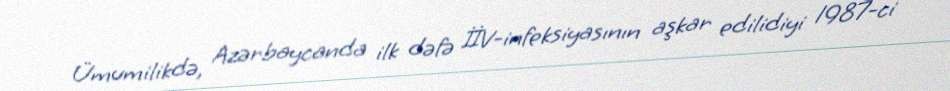
Ümumilikdə, Azərbaycanda ilk dəfə İİV-infeksiyasının aşkar edilidiyi 1987-ci